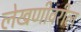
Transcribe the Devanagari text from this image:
लेखणीवरील